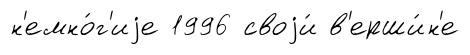
н'емно́г'иjе 1996 своjи́ в'ерши́н'е